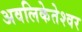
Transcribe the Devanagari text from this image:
अवलिकेतेश्‍वर